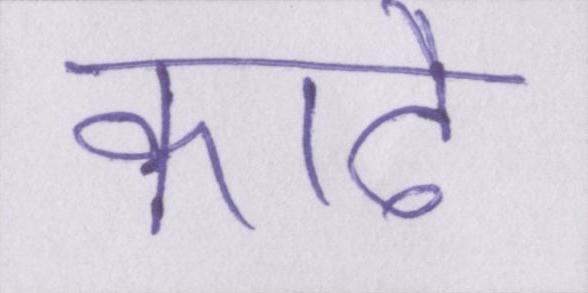
काढै